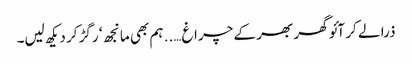
ذرا لے کر آئو گھر بھر کے چراغ….. ہم بھی مانجھ ‘ رگڑ کر دیکھ لیں۔